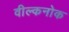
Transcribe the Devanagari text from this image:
वील्कनोक